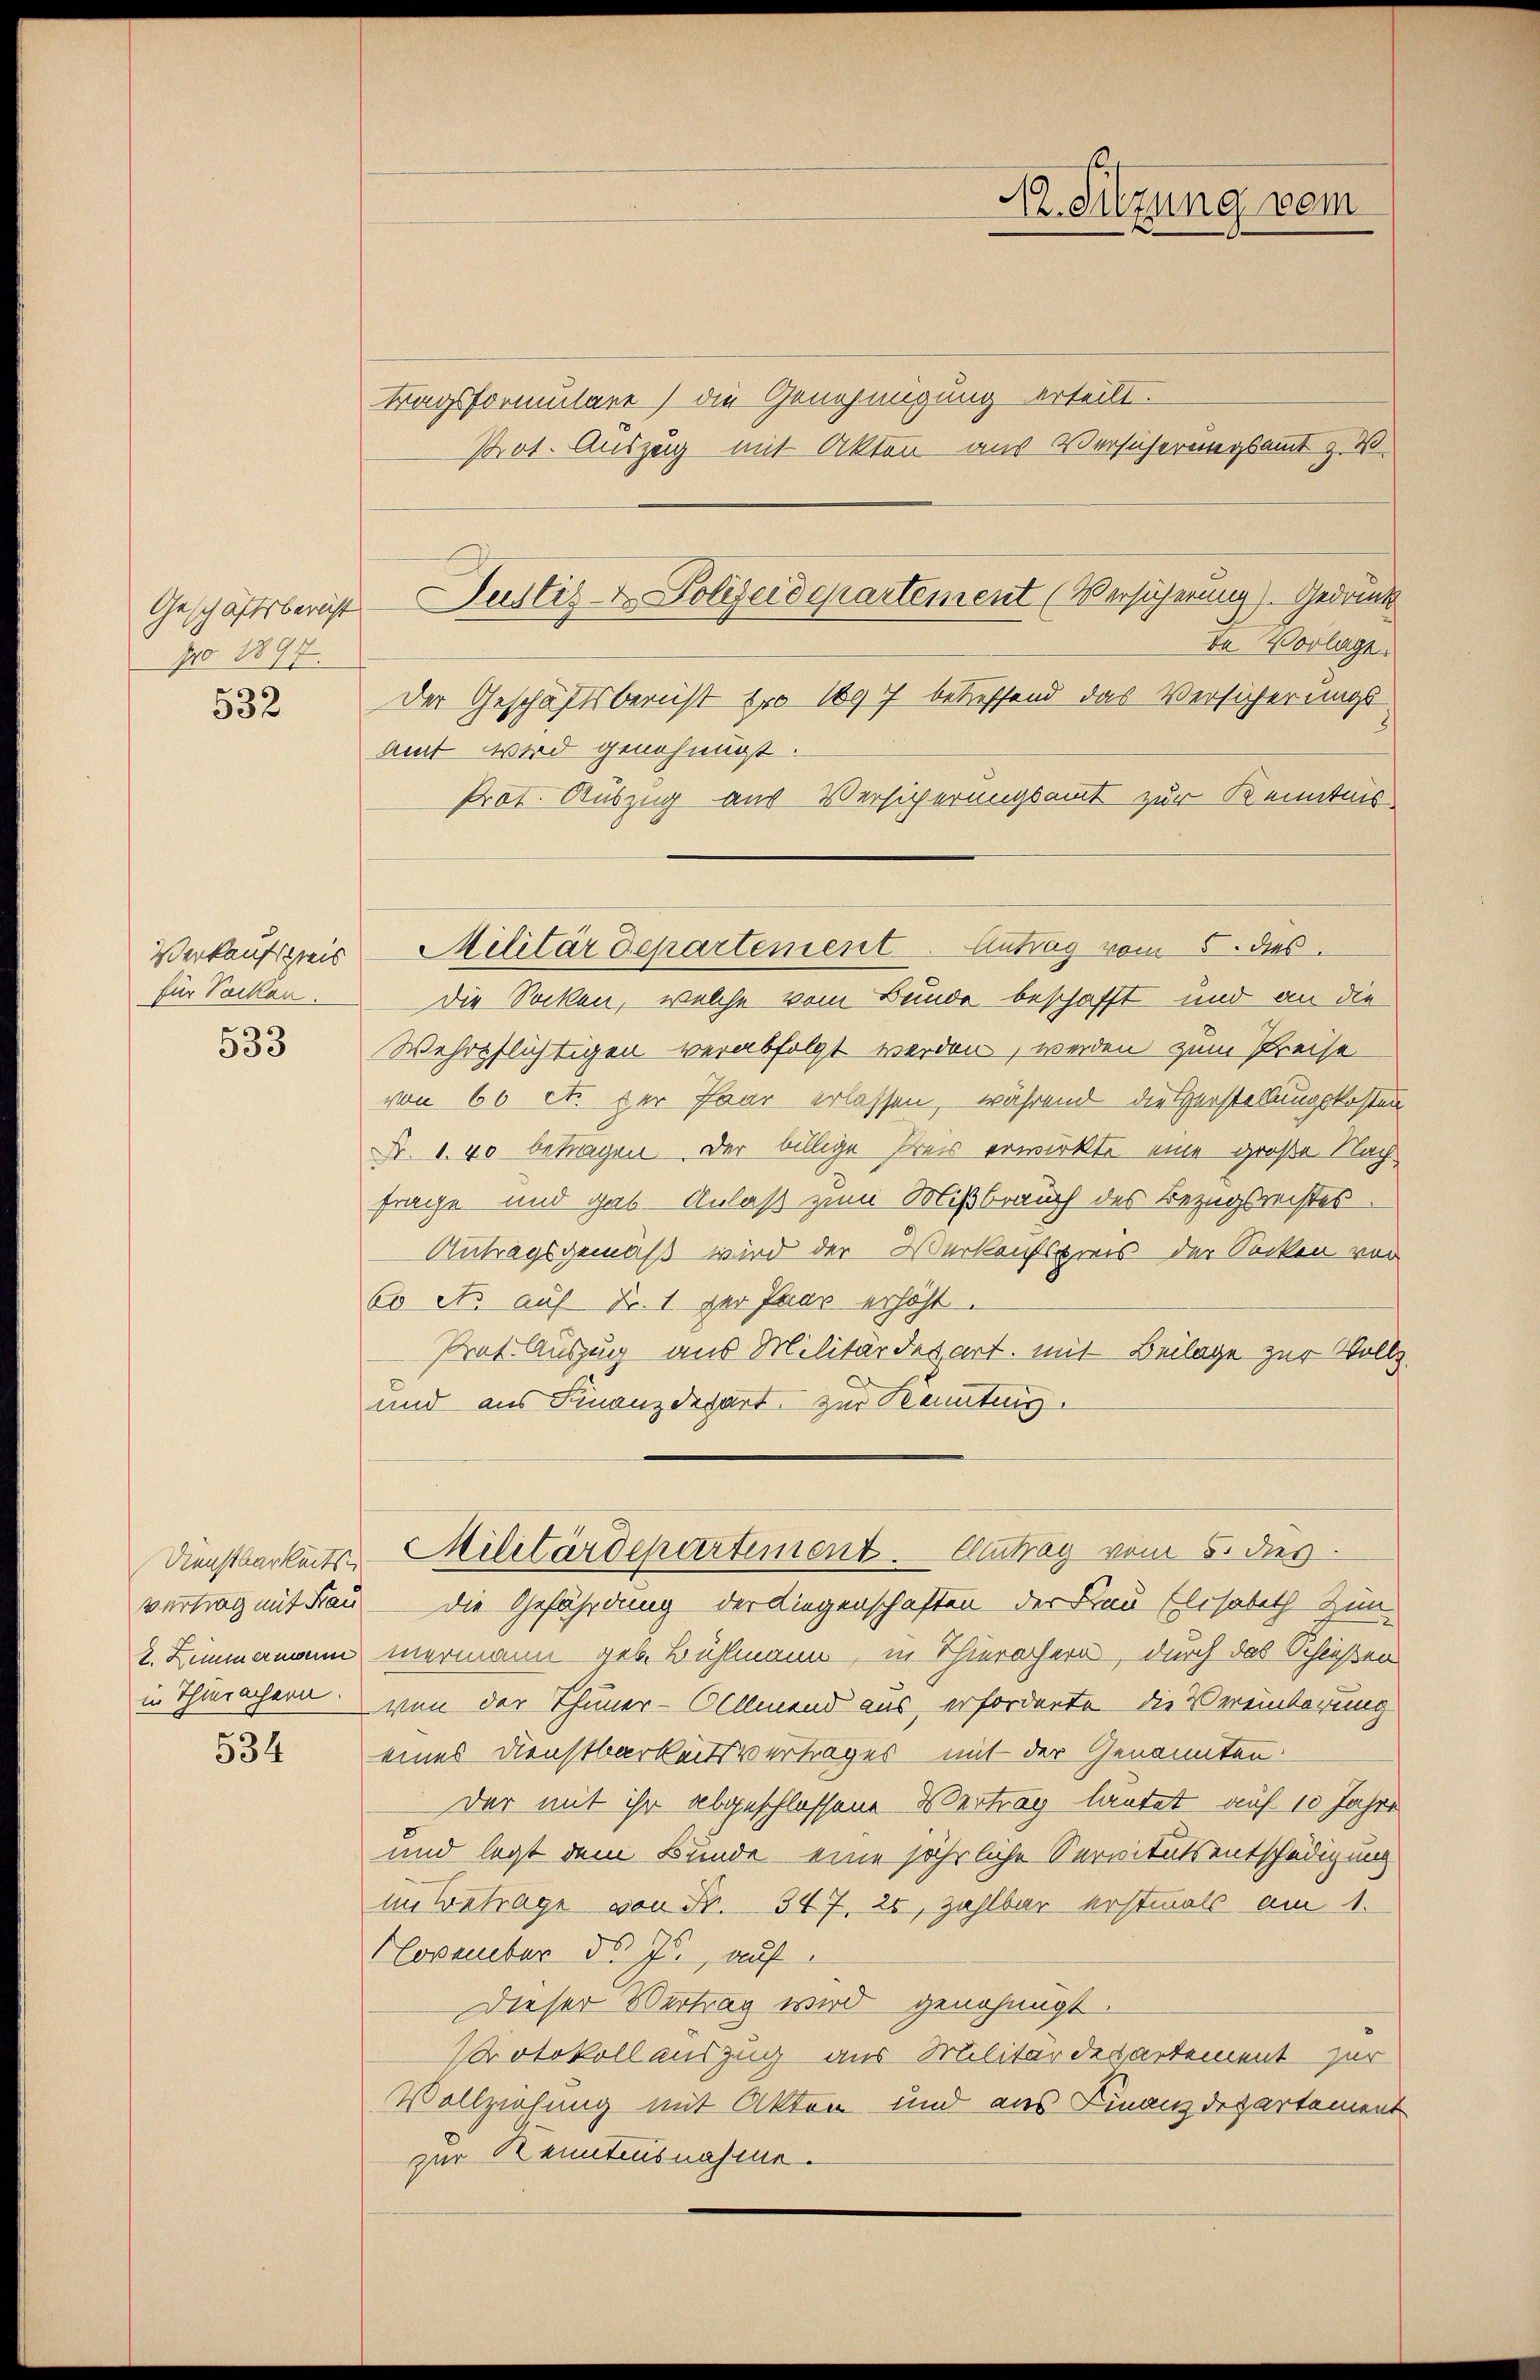
Geschäftsbericht
Nro 1897.
532

Verkaufspreis
für Sacken.

533

2. Zimmern wenn
in Thierachern.

534

Justiz- & Polizeidepartement (Versicherung). Gedruck

Hr. Sitzung vom

tragsformulare) die Genehmigung erteilt.
Pot. Auszeig mit Akten aus Versicherungsamt z. W.
Da Vorlage.
der Geschäftsberuht pro 1897 betreffend das Versicherungs¬
Amt wird genehmigt.
Prof. Auszug aus Versicherungsamt zur Kenntnis
Die Socken, welche vom Bunde beschafft und an die
Wehrpflichtigen verabfolgt werden, werden zum Preise
von 60 ct. der Paar erlassen, während die Verstellungskosten¬
Fr. 1. 40 betragen. Der billige Preis erwirkte eine große Nach-
frage und gab. Anlaß zum Mißbrauch des Bezugsrechtes
Antragsgemäß wird der Verkaufspreis der Socken vor
6o ets auf Fr. 1 zur Paar erhöht.
Prot. Auszug aus Militärdepart mit Beilage zur Vollz
und aus Finanzdepart zur Kennteng
Dienstbarkeits Militärdepartement. Eintrag vom 8. dies
vertrag mit Frau die Gefährdung der Liegenschaften der Frau Elisabeth Zün-
mermann geb. Bühlmann, in Thierachern, durch das Schießen
von der Thuner-Olllmend aus erforderte die Vereinderung
eines Dienstbarkeitsvertrages mit der Genannten:
Der mit ihr abgeschlossene Vertrag lautet auf 10 Jahre
und legt dem Bunde eine jährliche Servitutsentschädigung
im Betrage von Fr. 347. 20, zahlbar erstmals am 1.
November d. Js., auf
Dieser Vertrag wird genehmigt.
Protokoll auszug aus Militär des artement zur
Vollziehung mit Akten und aus Finanzdepartement
zur Kenntnusnahme.

Militärdepartement. Antrag vom 5. dies